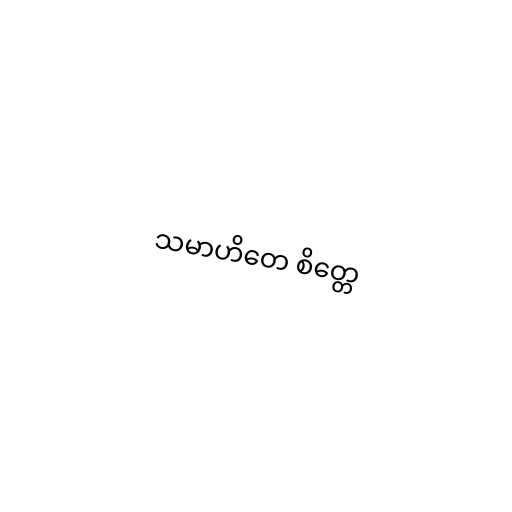
သမာဟိတေ စိတ္တေ